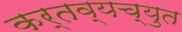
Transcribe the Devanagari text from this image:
कर्तव्यच्युत